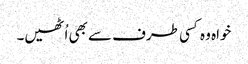
خواہ وہ کسی طرف سے بھی اُٹھیں۔